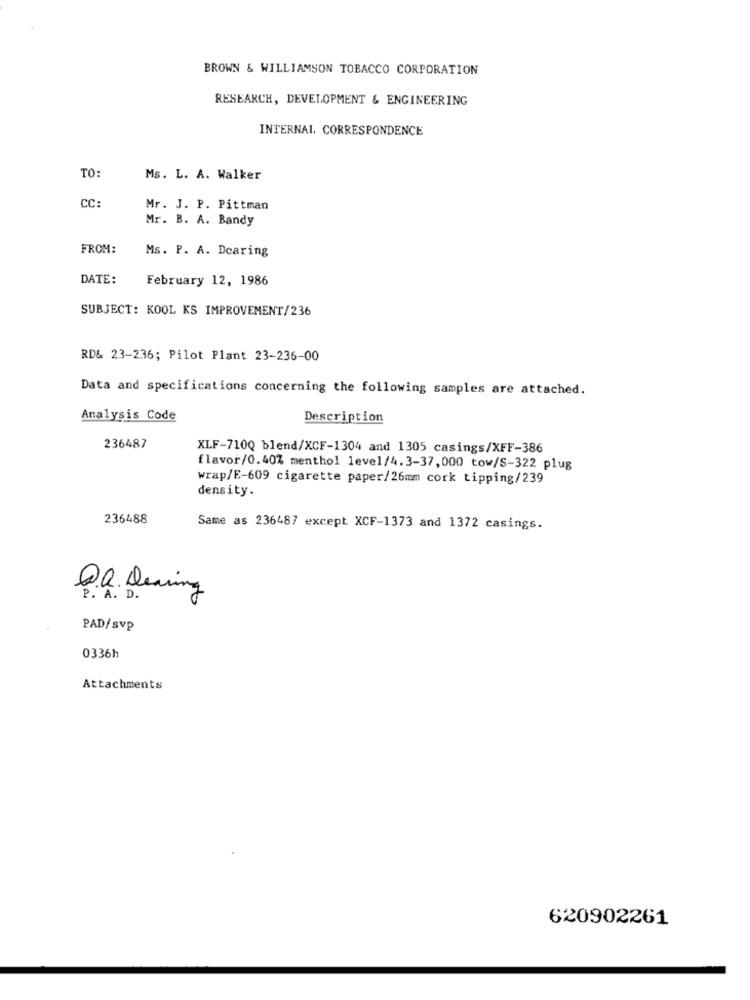
BROWN & WILLIAMSON TOBACCO CORPORATION
RESEARCH, DEVELOPMENT & ENGINEERING
INTERNAL CORRESPONDENCE
TO:
Ms. L. A. Walker
CC:
Mr. J. P. Pittman
Mr. B. A. Bandy
FROM:
Ms. P. A. Dcaring
DATE:
February 12, 1986
SUBJECT: KOOL KS IMPROVEMENT/236
RD& 23-236; Pilot Plant 23-236-00
Data and specifications concerning the following samples are attached.
Analysis Code
Description
236487
XLF-710Q blend/XCF-1304 and 1305 casings/XFF-386
flavor/0.40% menthol level/4.3-37,000 tow/S-322 plug
wrap/E-609 cigarette paper/26mm cork tipping/239
density.
236488
Same as 236487 except XCF-1373 and 1372 casings.
Q.Q. Dearing
P. A. D.
PAD/SVP
0336h
Attachments
620902261